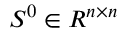
S ^ { 0 } \in R ^ { n \times n }